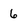
Character: 6